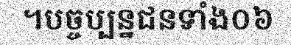
។បច្ចប្បន្នជនទាំង០៦